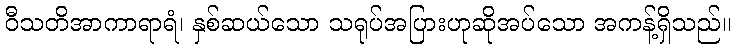
ဝီသတိအာကာရာရံ၊ နှစ်ဆယ်သော သရုပ်အပြားဟုဆိုအပ်သော အကန့်ရှိသည်။